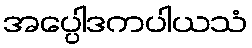
အပ္ပေါဒကပါယသံ